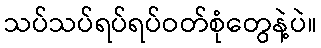
သပ်သပ်ရပ်ရပ်ဝတ်စုံတွေနဲ့ပဲ။